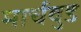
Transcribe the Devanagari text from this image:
मार्चवुड